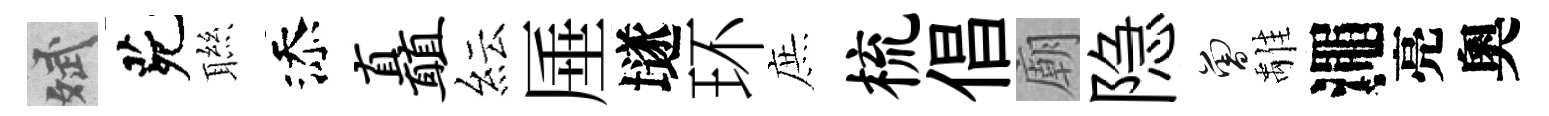
斌茕聮添矗紜厜𡑞环庶梳倡廟隐曾𩀌澠亮奧